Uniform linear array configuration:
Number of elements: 16
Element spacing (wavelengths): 1
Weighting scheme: uniform
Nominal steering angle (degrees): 30
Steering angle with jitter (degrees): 31.775
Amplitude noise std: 0.05
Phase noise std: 0.05

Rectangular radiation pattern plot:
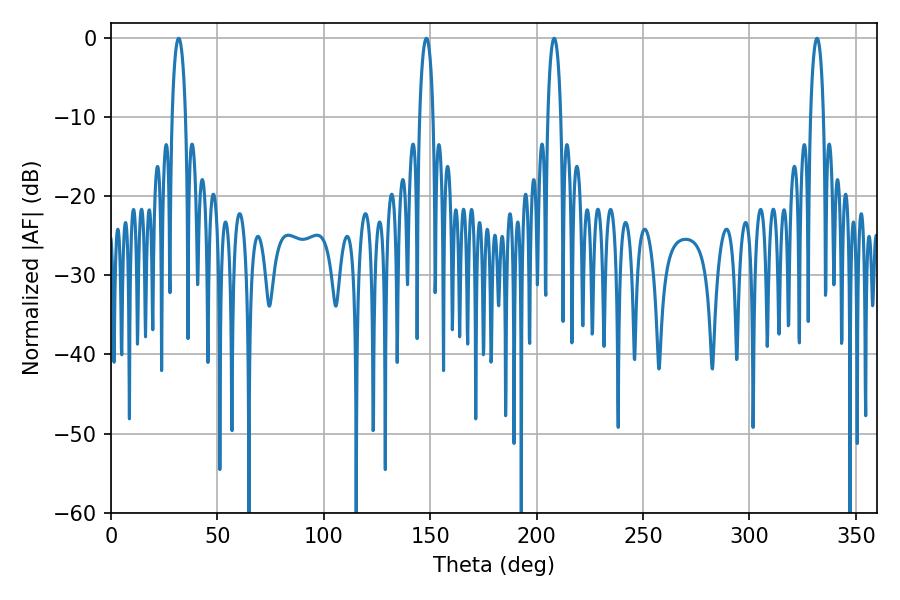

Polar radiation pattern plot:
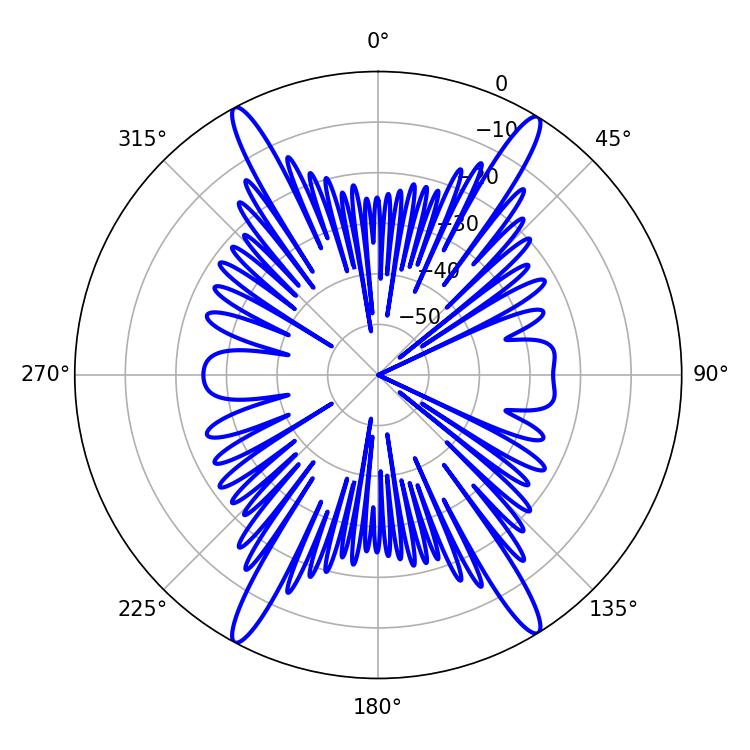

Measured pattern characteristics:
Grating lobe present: TRUE
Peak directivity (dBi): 22.959
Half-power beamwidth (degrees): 3.6
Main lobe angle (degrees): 331.74